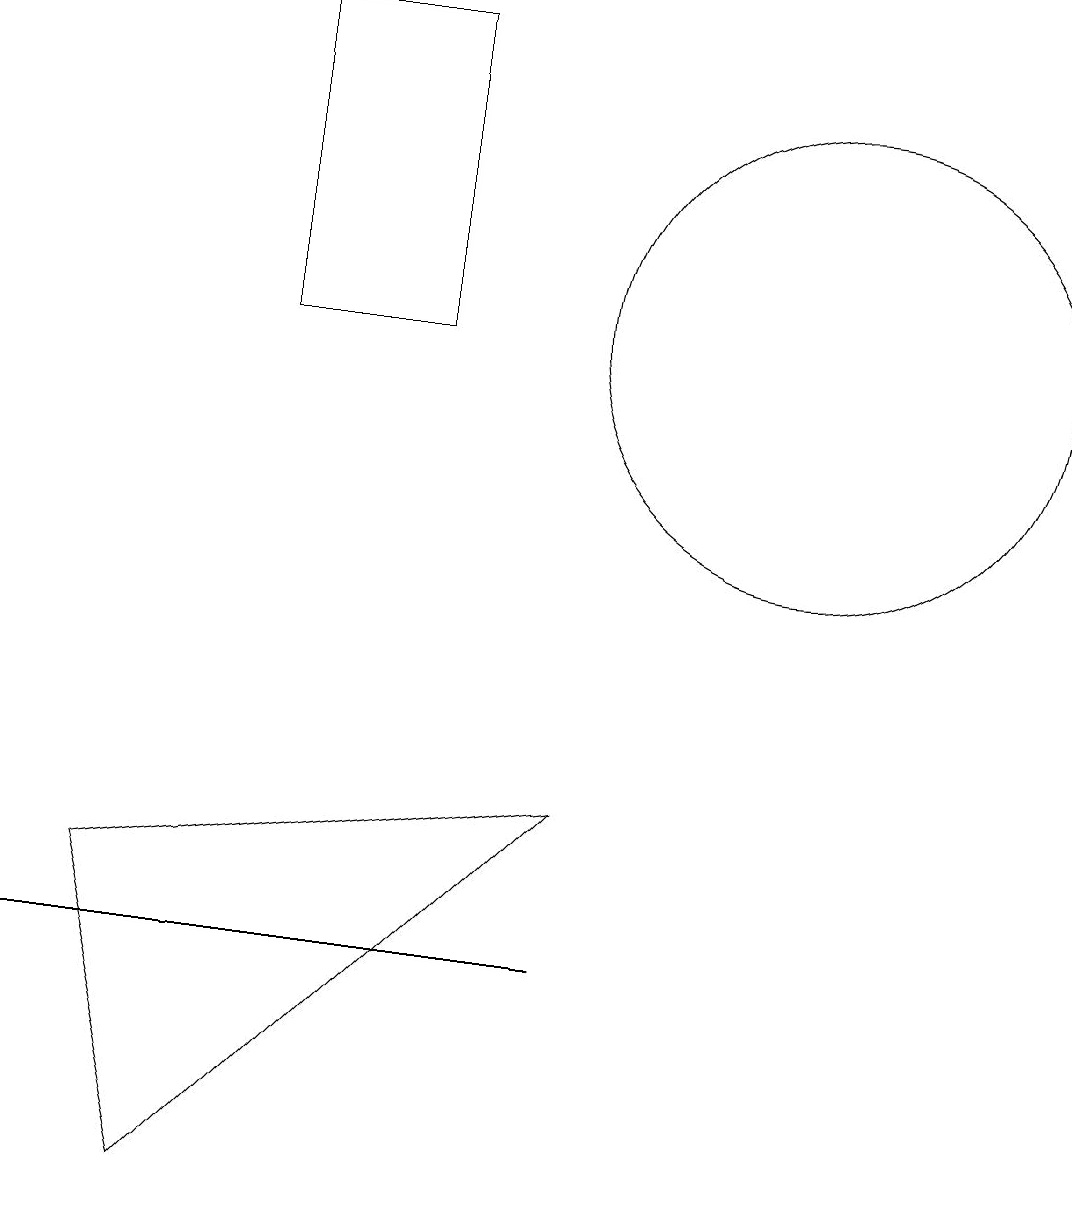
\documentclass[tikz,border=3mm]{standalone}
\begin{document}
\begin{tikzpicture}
\draw (7,6) -- (1,5) -- (2,1) -- cycle;
\draw (10,12) circle (3);
\draw (3,16) rectangle (5,12);
\draw (4,4) -- (7,4) -- (0,4) -- cycle;
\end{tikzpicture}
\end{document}